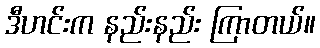
ဒီဟင်းက နည်းနည်း ကြာတယ်။